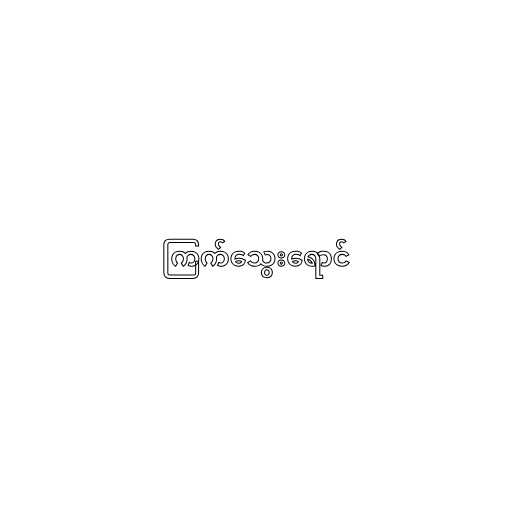
ကြက်သွေးရောင်